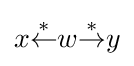
x{\overset {*}{\leftarrow }}w{\overset {*}{\rightarrow }}y